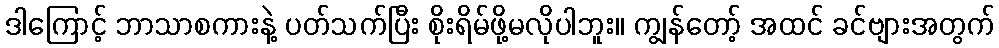
ဒါကြောင့် ဘာသာစကားနဲ့ ပတ်သက်ပြီး စိုးရိမ်ဖို့မလိုပါဘူး။ ကျွန်တော့် အထင် ခင်ဗျားအတွက်